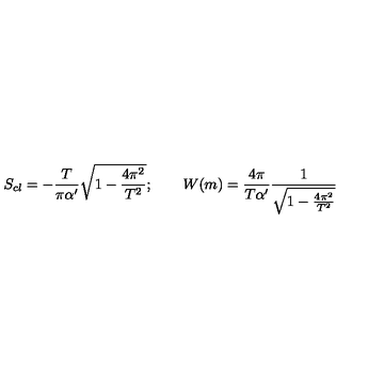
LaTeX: S _ { c l } = - \frac { T } { \pi \alpha ^ { \prime } } { \sqrt { 1 - \frac { 4 \pi ^ { 2 } } { T ^ { 2 } } } } ; \qquad W ( m ) = \frac { 4 \pi } { T \alpha ^ { \prime } } \frac { 1 } { \sqrt { 1 - \frac { 4 \pi ^ { 2 } } { T ^ { 2 } } } }